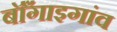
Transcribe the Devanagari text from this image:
बॉँगाइगांव